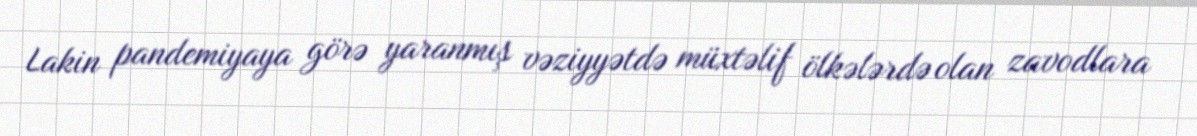
Lakin pandemiyaya görə yaranmış vəziyyətdə müxtəlif ölkələrdə olan zavodlara